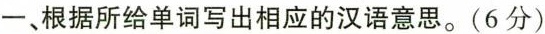
一、根据所给单词写出相应的汉语意思。(6分)